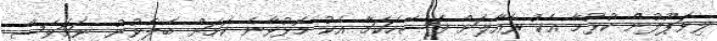
ލިވަޕޫލުން ކުޅުމާ އެކު ރެއާލަށް ފަސޭހަކަމާ އެކު މޮޅުވާނެ ކަމަށް ބެލެވުނު ނަމަވެސް